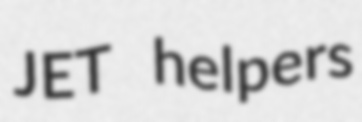
JET helpers